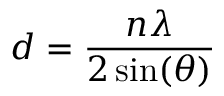
d = \frac { n \lambda } { 2 \sin ( \theta ) }